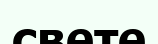
свете